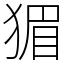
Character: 猸